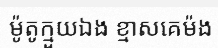
ម៉ូតូក្មួយឯង ខ្មាសគេម៉ង